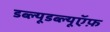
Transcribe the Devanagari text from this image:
डब्ल्यूडब्ल्यूऍफ़